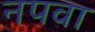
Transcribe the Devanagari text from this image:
नपवा